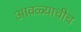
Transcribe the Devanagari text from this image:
आवळ्याचीच